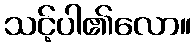
သင့်ပါ၏လော။